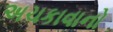
અચકાવાનો